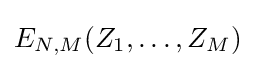
E_{N,M}(Z_{1},\dots ,Z_{M})